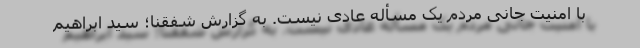
با امنیت جانی مردم یک مسأله عادی نیست. به گزارش شفقنا؛ سید ابراهیم